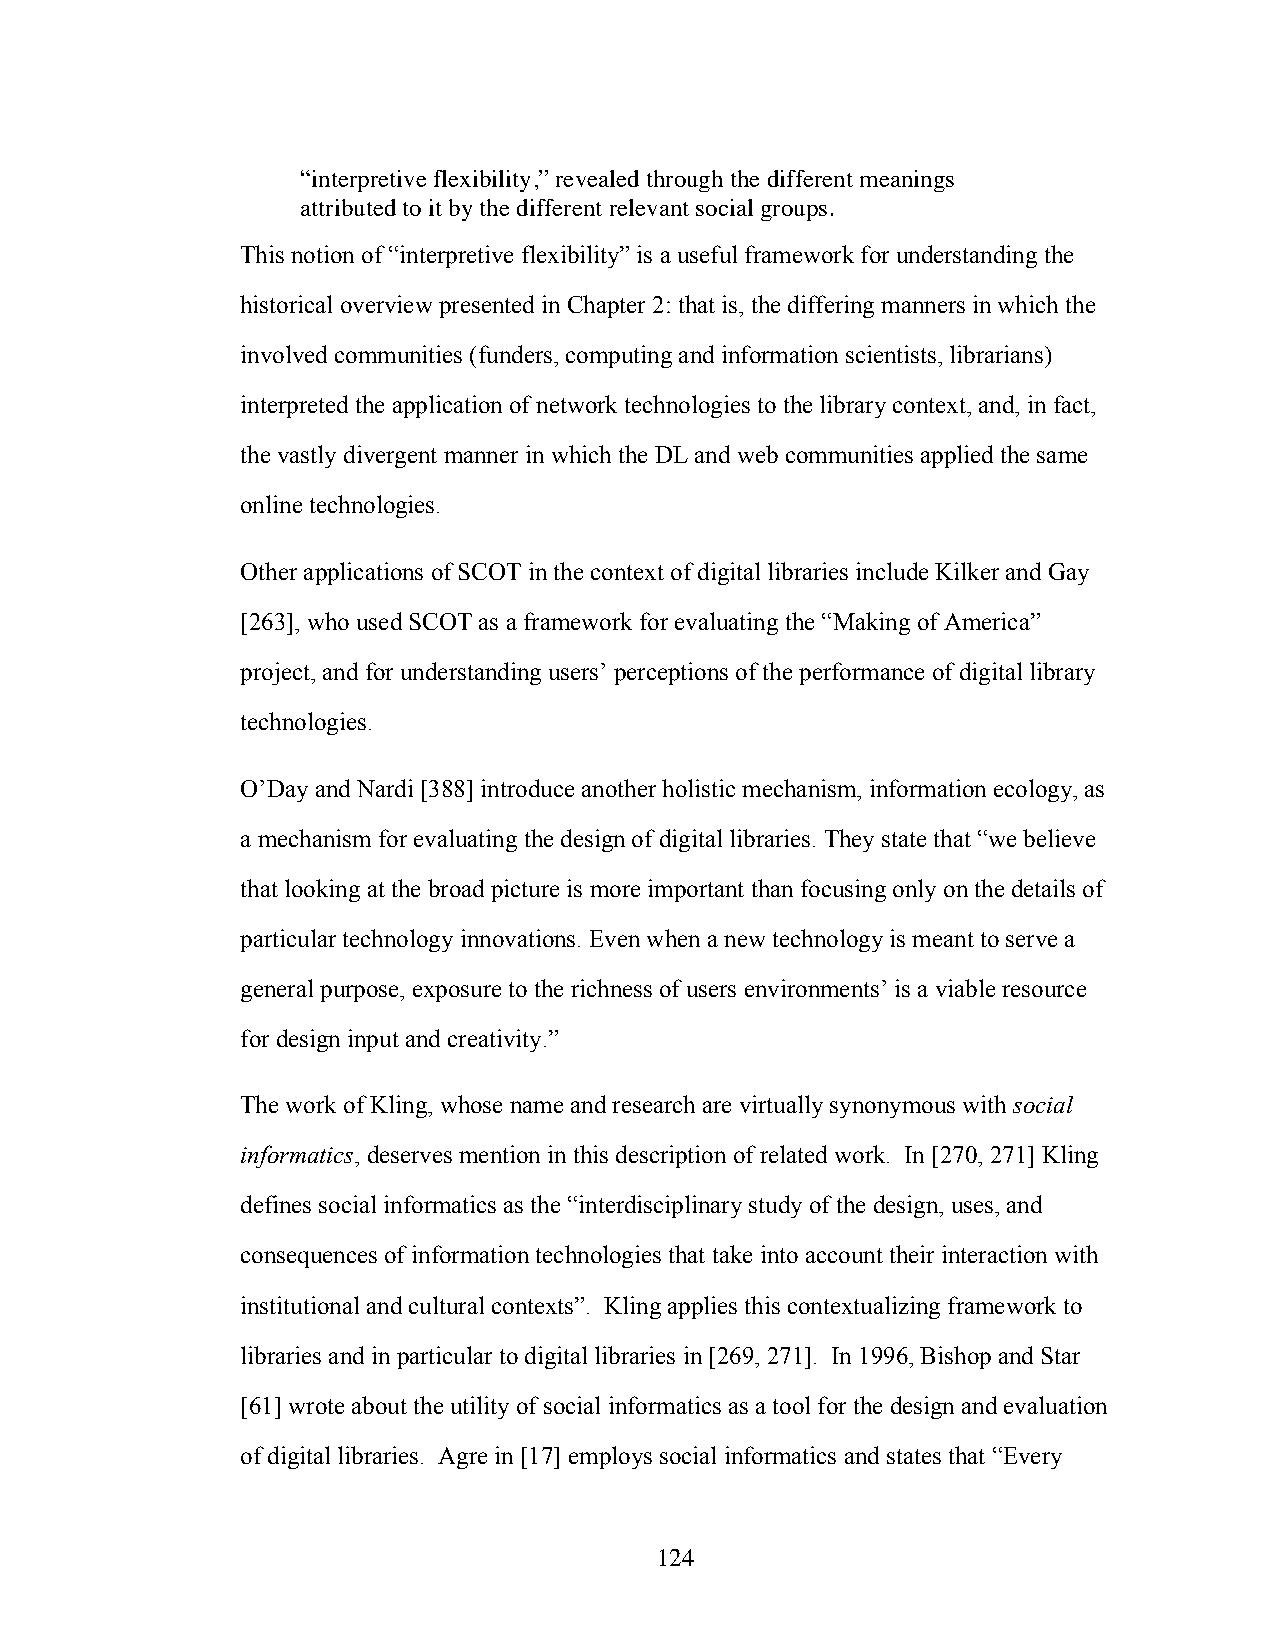
“interpretive flexibility,” revealed through the different meanings
 attributed to it by the different relevant social groups.
 This notion of “interpretive flexibility” is a useful framework for understanding the
 historical overview presented in Chapter 2: that is, the differing manners in which the
 involved communities (funders, computing and information scientists, librarians)
 interpreted the application of network technologies to the library context, and, in fact,
 the vastly divergent manner in which the DL and web communities applied the same
 online technologies.
 Other applications of SCOT in the context of digital libraries include Kilker and Gay
 [263], who used SCOT as a framework for evaluating the “Making of America”
 project, and for understanding users’ perceptions of the performance of digital library
 technologies.
 O’Day and Nardi [388] introduce another holistic mechanism, information ecology, as
 a mechanism for evaluating the design of digital libraries. They state that “we believe
 that looking at the broad picture is more important than focusing only on the details of
 particular technology innovations. Even when a new technology is meant to serve a
 general purpose, exposure to the richness of users environments’ is a viable resource
 for design input and creativity.”
 The work of Kling, whose name and research are virtually synonymous with social
 informatics, deserves mention in this description of related work. In [270, 271] Kling
 defines social informatics as the “interdisciplinary study of the design, uses, and
 consequences of information technologies that take into account their interaction with
 institutional and cultural contexts”. Kling applies this contextualizing framework to
 libraries and in particular to digital libraries in [269, 271]. In 1996, Bishop and Star
 [61] wrote about the utility of social informatics as a tool for the design and evaluation
 of digital libraries. Agre in [17] employs social informatics and states that “Every
 124